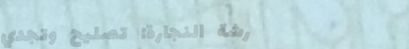
ورشة النجارة: تصليح وتجدي